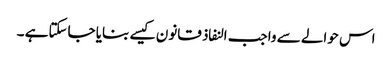
اس حوالے سے واجب النفاذ قانون کیسے بنایا جاسکتاہے ۔